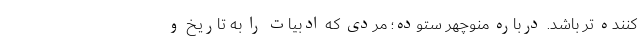
کننده تر باشد. درباره منوچهر ستوده؛ مردی که ادبیات را به تاریخ و